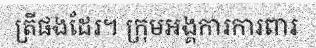
ត្រីផងដែរ។ ក្រុមអង្គការការពារ